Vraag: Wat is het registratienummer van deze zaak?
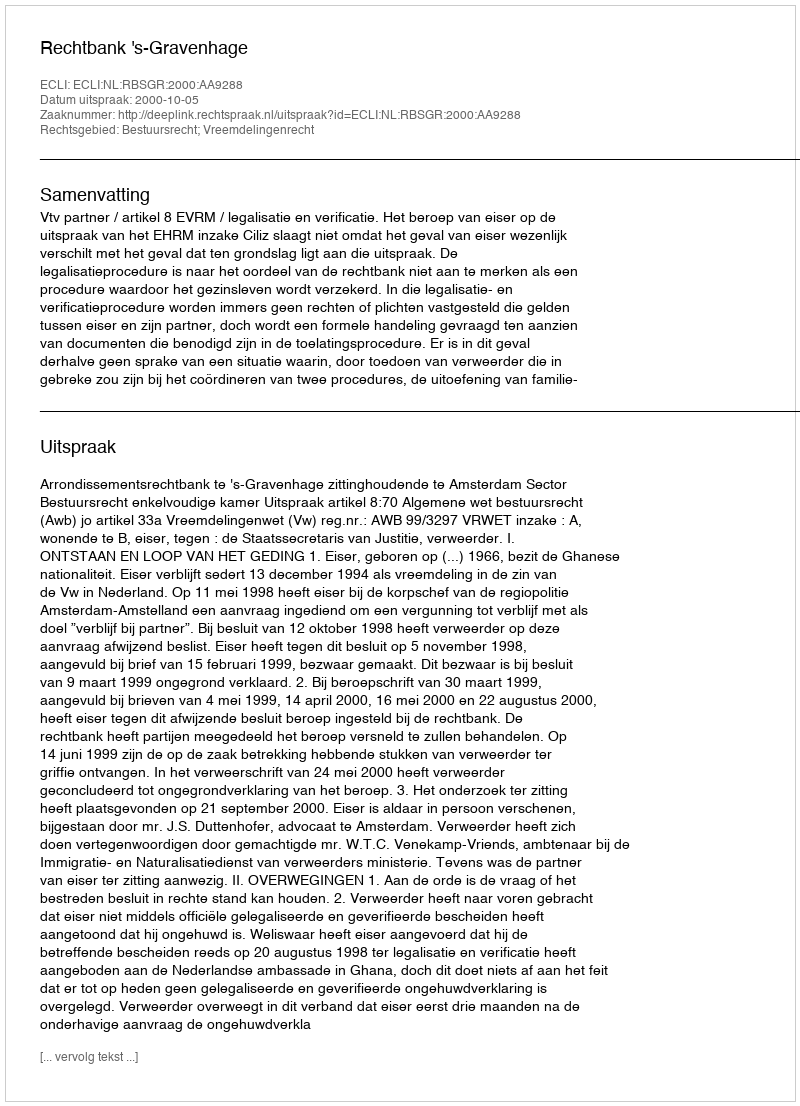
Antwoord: http://deeplink.rechtspraak.nl/uitspraak?id=ECLI:NL:RBSGR:2000:AA9288